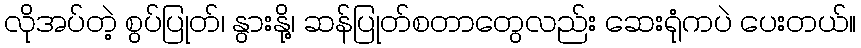
လိုအပ်တဲ့ စွပ်ပြုတ်၊ နွားနို့၊ ဆန်ပြုတ်စတာတွေလည်း ဆေးရုံကပဲ ပေးတယ်။